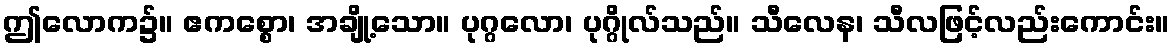
ဤလောက၌။ ဧကစ္စော၊ အချို့သော။ ပုဂ္ဂလော၊ ပုဂ္ဂိုလ်သည်။ သီလေန၊ သီလဖြင့်လည်းကောင်း။